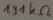
Text: 131KΩ